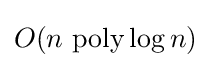
O(n{\text{ poly}}\log n)